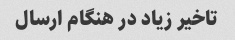
تاخیر زیاد در هنگام ارسال